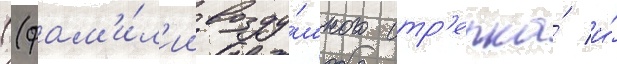
((фам'и́л'ии возду́шного стр'елка́ и́